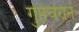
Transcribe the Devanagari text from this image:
गुप्तचराने